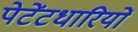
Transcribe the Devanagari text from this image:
पेटेंटधारियों